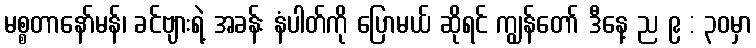
မစ္စတာနော်မန်၊ ခင်ဗျားရဲ့ အခန်း နံပါတ်ကို ပြောမယ် ဆိုရင် ကျွန်တော် ဒီနေ့ ည ၉ : ၃၀မှာ